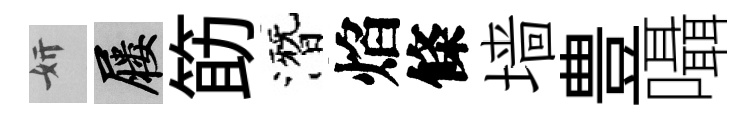
妍屨筯潛焰條墙豊囁